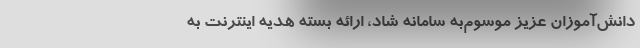
دانش‌آموزان عزیز موسوم‌به سامانه شاد، ارائه بسته هدیه اینترنت به